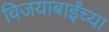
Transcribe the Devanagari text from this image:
विजयाबाईंच्या